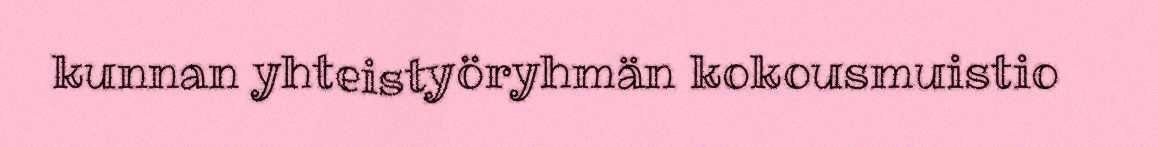
kunnan yhteistyöryhmän kokousmuistio